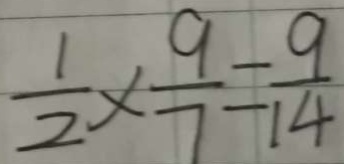
\frac { 1 } { 2 } \times \frac { 9 } { 7 } - = \frac { 9 } { 1 4 }